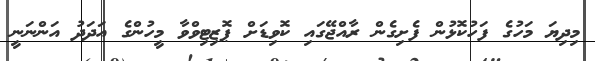
މިދިޔަ މަހުގެ ފަހުކޮޅުން ފެށިގެން ރާއްޖޭގައި ކޮވިޑަށް ޕޮޒިޓިވްވާ މީހުންގެ އަދަދު އަންނަނީ